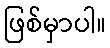
ဖြစ်မှာပါ။